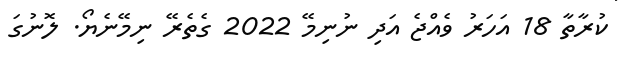
ކުރާތާ 18 އަހަރު ވެއްޖެ އަދި ނުނިމޭ 2022 ގެތެރޭ ނިމޭނެޔޯ. ލޮނުގަ